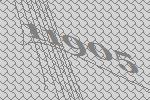
11905